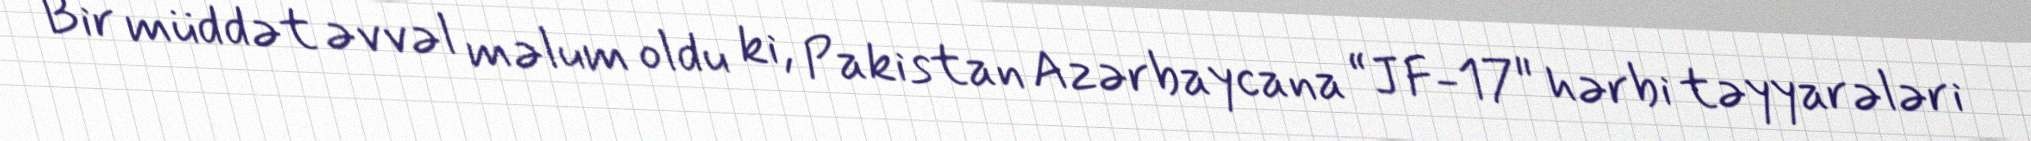
Bir müddət əvvəl məlum oldu ki, Pakistan Azərbaycana “JF-17" hərbi təyyarələri